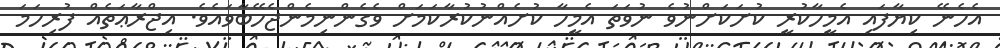
އެހެނޭ ކިޔާފައި އެމީހާކުރީ ކުށަކަށްނުވެ ނުވަތަ އެމީހާ ކުށެއްނުކުރާކަމަށް ވެގެންނިމެންޖެހޭބާވައެވެ. އިޖްރާޢަތެއް ފުރިހަމަ